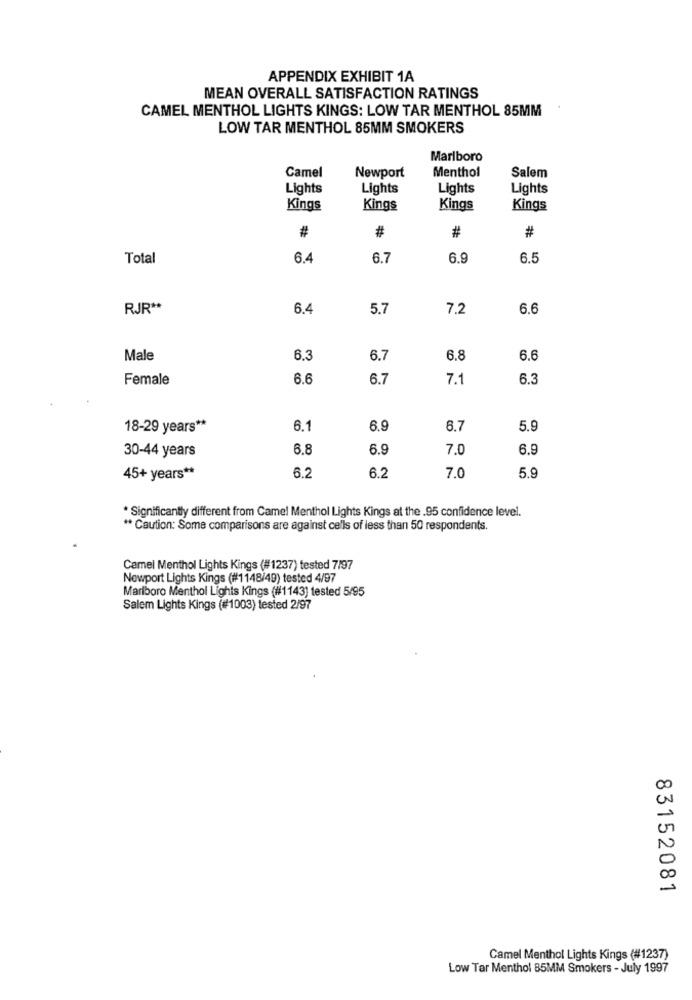
APPENDIX EXHIBIT 1A
MEAN OVERALL SATISFACTION RATINGS
CAMEL MENTHOL LIGHTS KINGS: LOW TAR MENTHOL 85MM
LOW TAR MENTHOL 85MM SMOKERS
Marlboro
Camel
Newport
Menthol
Salem
Lights
Lights
Lights
Lights
Kings
Kings
Kings
Kings
#
#
#
#
Total
6.4
6.7
6.9
6.5
RJR **
6.4
5.7
7.2
6.6
Male
6.3
6.7
6.8
6.6
Female
6.6
6.7
7.1
6.3
18-29 years **
6.1
6.9
6.7
5.9
30-44 years
6.8
6.9
7.0
6.9
7.0
45+ years **
6.2
6.2
5.9
* Significantly different from Camel Menthol Lights Kings at the .95 confidence level.
** Caution: Some comparisons are against cells of less than 50 respondents.
Camel Menthol Lights Kings (#1237) tested 7/97
Newport Lights Kings (#1148/49) tested 4/97
Marlboro Menthol Lights Kings (#1143) tested 5/95
Salem Lights Kings (#1003) tested 2/97
83152081
Camel Menthol Lights Kings (#1237)
Low Tar Menthol 85MM Smokers - July 1997